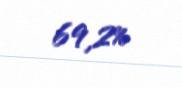
69,2%